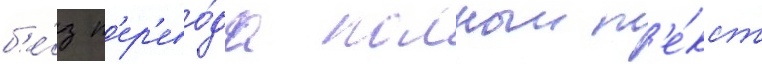
б'е́з п'ер'ево́да полныи т'е́кст